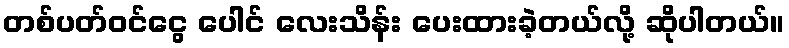
တစ်ပတ်ဝင်ငွေ ပေါင် လေးသိန်း ပေးထားခဲ့တယ်လို့ ဆိုပါတယ်။